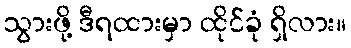
သွားဖို့ ဒီရထားမှာ ထိုင်ခုံ ရှိလား။